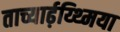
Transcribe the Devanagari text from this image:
ताच्यार्ढ़य्थ्मिया